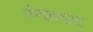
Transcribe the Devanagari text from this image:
तोट्ट्रमुम्